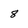
Character: 8